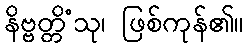
နိဗ္ဗတ္တိံသု၊ ဖြစ်ကုန်၏။